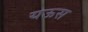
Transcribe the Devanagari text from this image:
यऊस